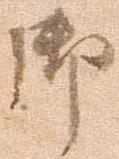
御